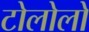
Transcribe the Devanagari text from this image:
टोलोलो